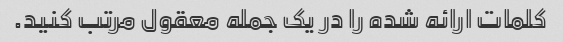
کلمات ارائه شده را در یک جمله معقول مرتب کنید.